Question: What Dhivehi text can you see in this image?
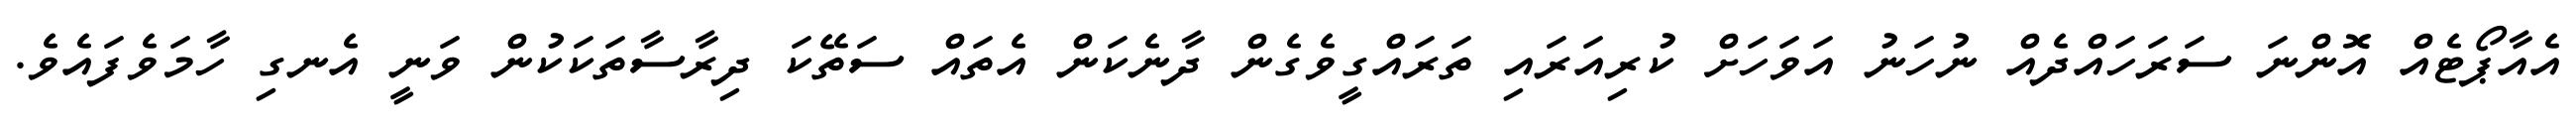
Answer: އެއާޕޯޓެއް އޮންނަ ސަރަހައްދެއް ނުހަނު އަވަހަށް ކުރިއަރައި ތަރައްގީވެގެން ދާނެކަން އެތައް ސަތޭކަ ދިރާސާތަކަކުން ވަނީ އެނގި ހާމަވެފައެވެ.